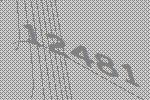
12481